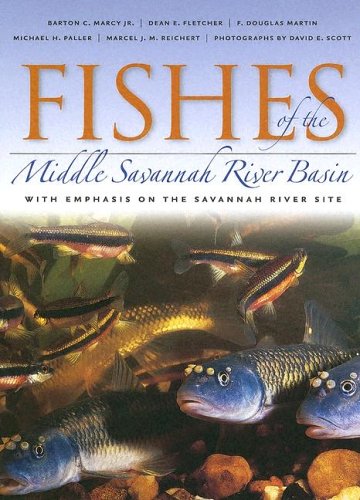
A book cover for Fishes of the Middle Savannah River Basin: With Emphasis on the Savannah River Site; Barton C. Marcy; Sports & Outdoors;